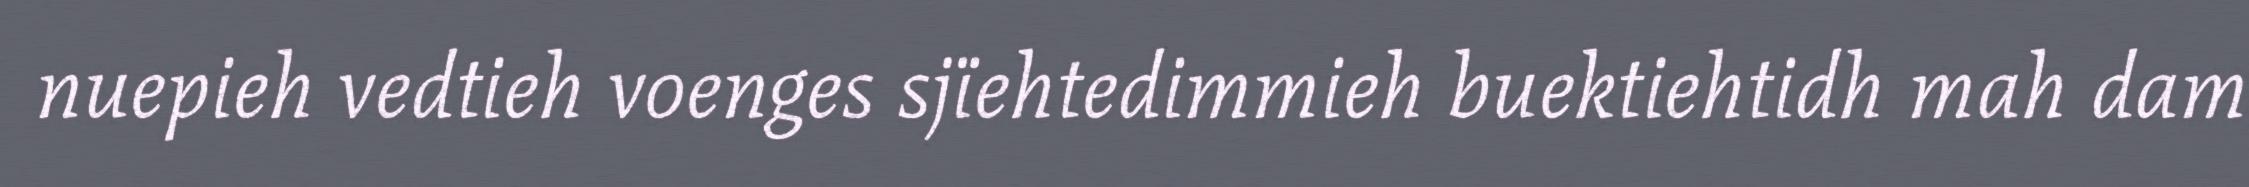
nuepieh vedtieh voenges sjïehtedimmieh buektiehtidh mah dam